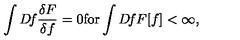
\int D \! f \frac { \delta F } { \delta f } = 0 \mathrm { f o r } \int D \! f F [ f ] < \infty ,